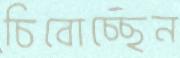
চিবোচ্ছেন